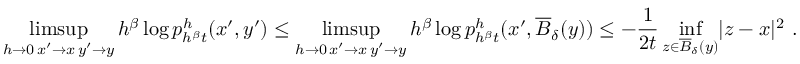
\operatorname* { l i m s u p } _ { \substack { h \rightarrow 0 \, x ^ { \prime } \rightarrow x \, y ^ { \prime } \rightarrow y } } h ^ { \beta } \log p _ { h ^ { \beta } t } ^ { h } ( x ^ { \prime } , y ^ { \prime } ) \leq \operatorname* { l i m s u p } _ { \substack { h \rightarrow 0 \, x ^ { \prime } \rightarrow x \, y ^ { \prime } \rightarrow y } } h ^ { \beta } \log p _ { h ^ { \beta } t } ^ { h } ( x ^ { \prime } , \overline { { B } } _ { \delta } ( y ) ) \leq - \frac { 1 } { 2 t } \operatorname* { i n f } _ { z \in \overline { { B } } _ { \delta } ( y ) } \lvert z - x \rvert ^ { 2 } \ .